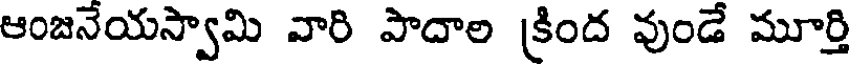
ఆంజనేయస్వామి వారి పాదాల క్రింద వుండే మూర్తి